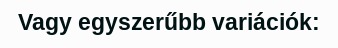
Vagy egyszerűbb variációk: